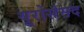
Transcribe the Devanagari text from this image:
यूरोसंसद